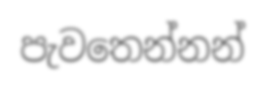
පැවතෙන්නන්